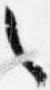
々